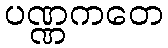
ပဏ္ဏကတေ